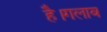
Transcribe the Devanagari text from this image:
है।गलाब